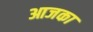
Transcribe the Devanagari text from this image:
आजका